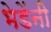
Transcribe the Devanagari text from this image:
भेडेंनी